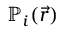
\mathbb { P } _ { i } ( \vec { r } )